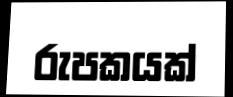
රුපකයක්